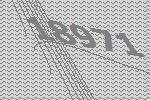
18971